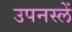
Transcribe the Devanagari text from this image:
उपनस्लें